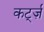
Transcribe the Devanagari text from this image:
कर्ट्ज़